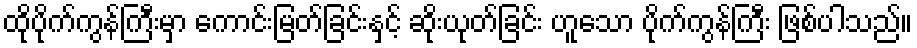
ထိုပိုက်ကွန်ကြီးမှာ ကောင်းမြတ်ခြင်းနှင့် ဆိုးယုတ်ခြင်း ဟူသော ပိုက်ကွန်ကြီး ဖြစ်ပါသည်။